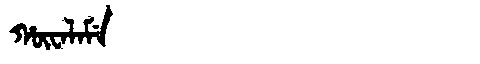
Manchu: ᡥᡡᠸᠠᠯᠠᠮᡝ
Romanization: HŪWALAME